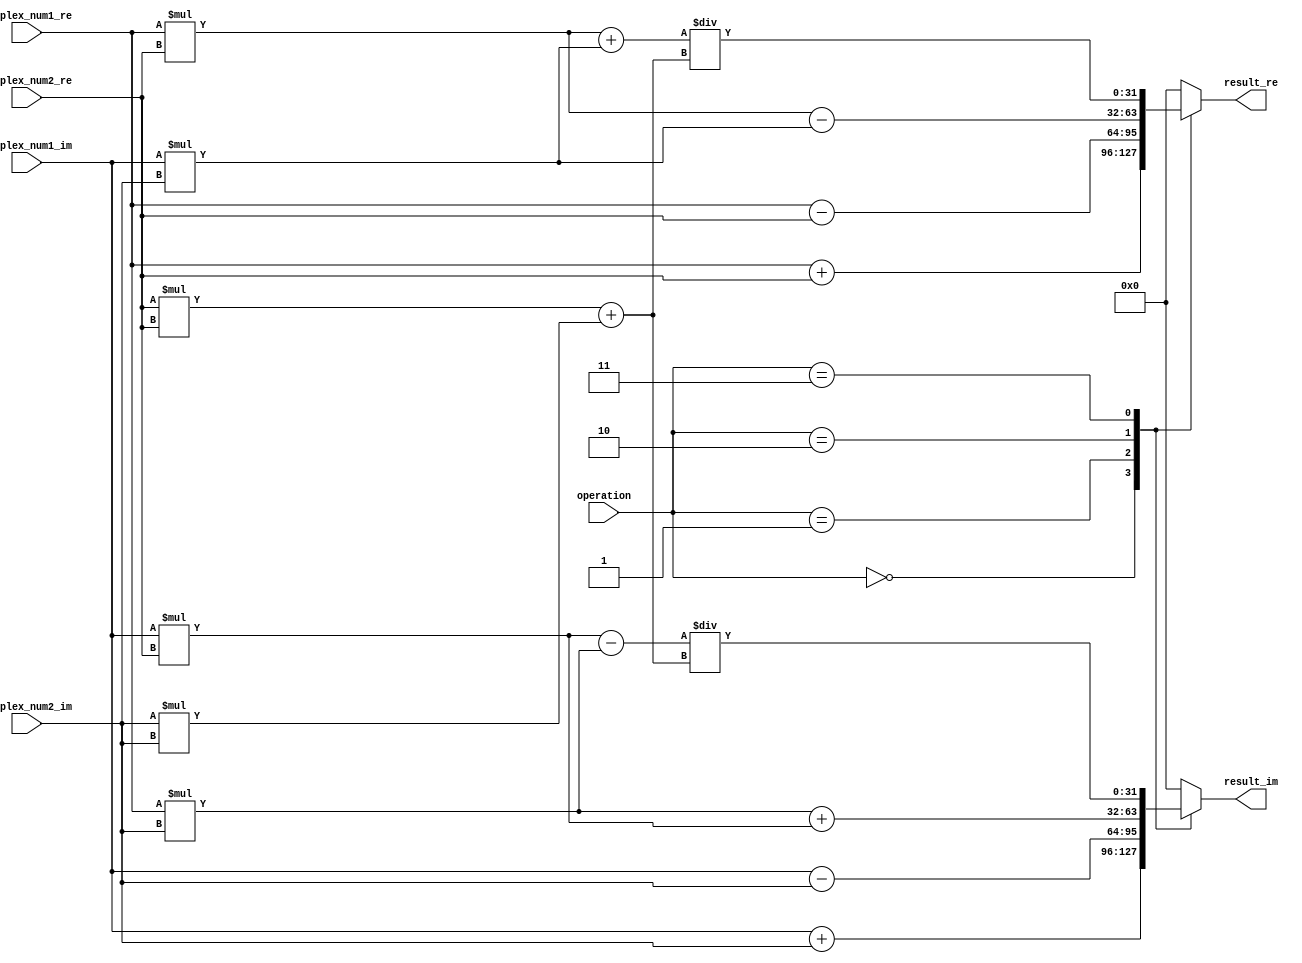
module Complex_ALU (
    input wire [31:0] complex_num1_re,
    input wire [31:0] complex_num1_im,
    input wire [31:0] complex_num2_re,
    input wire [31:0] complex_num2_im,
    input wire [2:0] operation,
    output reg [31:0] result_re,
    output reg [31:0] result_im
);

always @(*)
begin
    case(operation)
        3'b000: // Addition
        begin
            result_re = complex_num1_re + complex_num2_re;
            result_im = complex_num1_im + complex_num2_im;
        end
        3'b001: // Subtraction
        begin
            result_re = complex_num1_re - complex_num2_re;
            result_im = complex_num1_im - complex_num2_im;
        end
        3'b010: // Multiplication
        begin
            result_re = (complex_num1_re * complex_num2_re) - (complex_num1_im * complex_num2_im);
            result_im = (complex_num1_re * complex_num2_im) + (complex_num1_im * complex_num2_re);
        end
        3'b011: // Division
        begin
            result_re = ((complex_num1_re * complex_num2_re) + (complex_num1_im * complex_num2_im)) / ((complex_num2_re * complex_num2_re) + (complex_num2_im * complex_num2_im));
            result_im = ((complex_num1_im * complex_num2_re) - (complex_num1_re * complex_num2_im)) / ((complex_num2_re * complex_num2_re) + (complex_num2_im * complex_num2_im));
        end
        default: // Invalid operation
        begin
            result_re = 32'b0;
            result_im = 32'b0;
        end
    endcase
end

endmodule